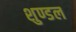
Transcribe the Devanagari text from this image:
शुण्डल